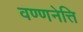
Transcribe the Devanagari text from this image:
वण्णनेत्ति